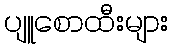
ပျူစောထီးများ